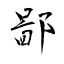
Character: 鄙